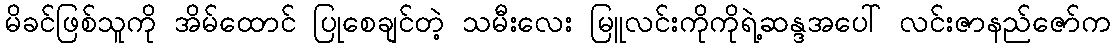
မိခင်ဖြစ်သူကို အိမ်ထောင် ပြုစေချင်တဲ့ သမီးလေး မြူလင်းကိုကိုရဲ့ဆန္ဒအပေါ် လင်းဇာနည်ဇော်က